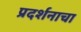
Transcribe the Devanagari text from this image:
प्रदर्शनाचा